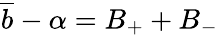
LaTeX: \overline{{b}}-\alpha=B_{+}+B_{-}